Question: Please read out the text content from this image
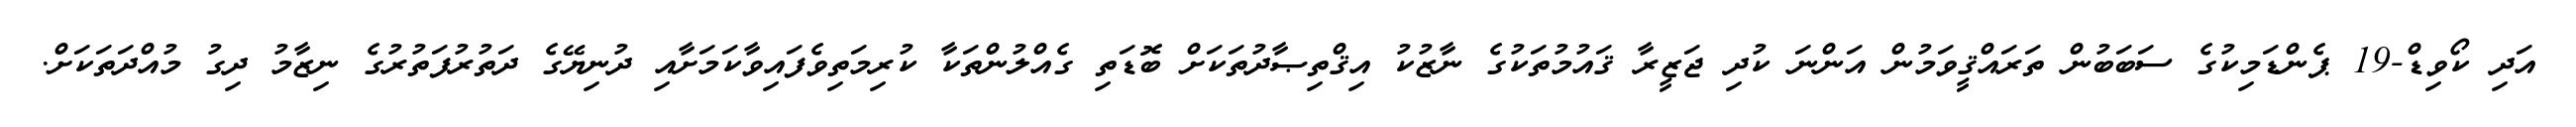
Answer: އަދި ކޯވިޑް-19 ޕެންޑަމިކުގެ ސަބަބުން ތަރައްޤީވަމުން އަންނަ ކުދި ޖަޒީރާ ޤައުމުތަކުގެ ނާޒުކު އިޤްތިޞާދުތަކަށް ބޮޑަތި ގެއްލުންތަކާ ކުރިމަތިވެފައިވާކަމަށާއި ދުނިޔޭގެ ދަތުރުފަތުރުގެ ނިޒާމު ދިގު މުއްދަތަކަށް.